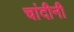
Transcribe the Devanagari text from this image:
चांदीनी